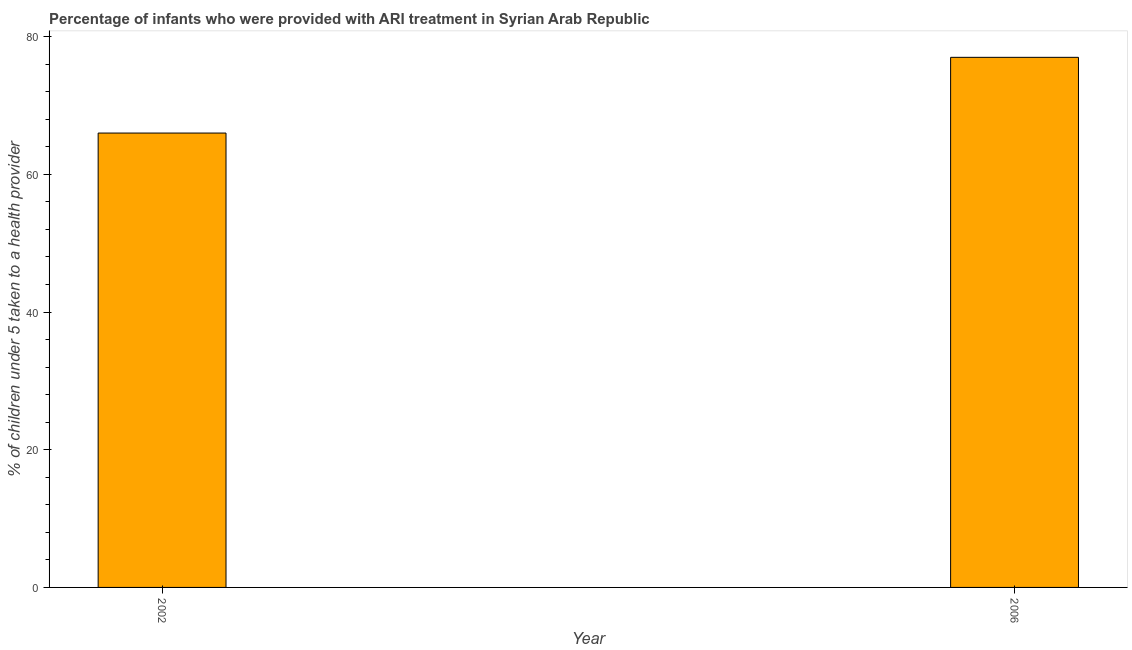
| Year | ARI treatment |
 | --- | --- |
 | 2002 | 66 |
 | 2006 | 77 |